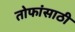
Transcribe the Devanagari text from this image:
तोफांसाठी